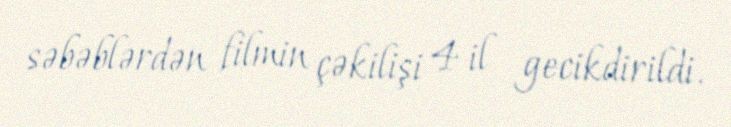
səbəblərdən filmin çəkilişi 4 il gecikdirildi.